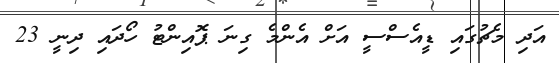
އަދި މެޗުގައި ޑީއެސްސީ އަށް އެންމެ ގިނަ ޕޮއިންޓު ހޯދައި ދިނީ 23